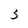
Character: 5